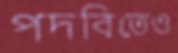
পদবিতেও